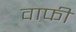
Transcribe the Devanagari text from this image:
वाफी